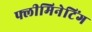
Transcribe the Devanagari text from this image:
फ्लीमिनेटिंग